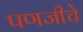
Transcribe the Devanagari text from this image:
पणजीचे